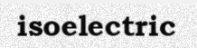
isoelectric